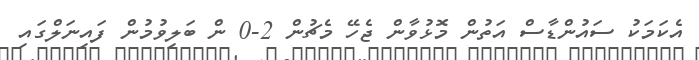
އެކަމަކު ސައުންޑާސް އަތުން މޮޅުވާން ޖެހޭ މެޗުން 2-0 ން ބަލިވުމުން ފައިނަލްގައި